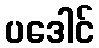
ပဒေါင်